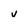
Character: v